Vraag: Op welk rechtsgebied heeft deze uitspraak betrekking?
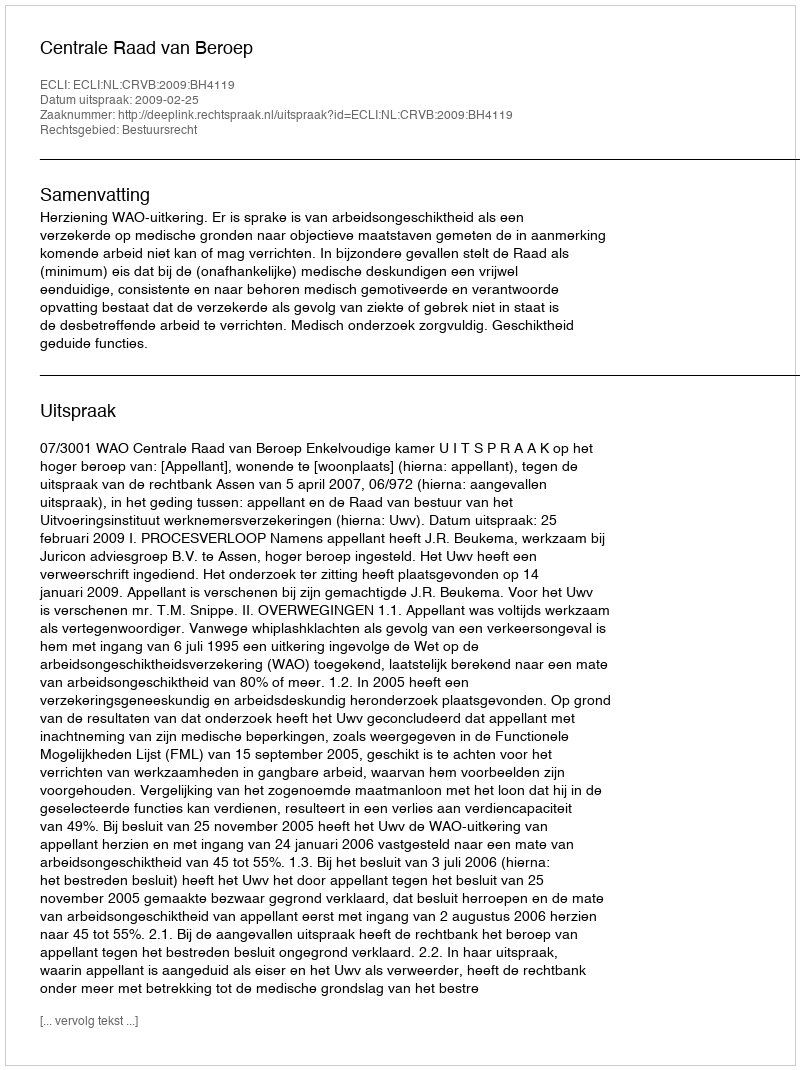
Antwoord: Bestuursrecht